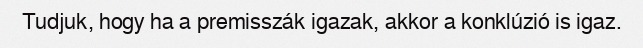
Tudjuk, hogy ha a premisszák igazak, akkor a konklúzió is igaz.